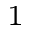
_ 1